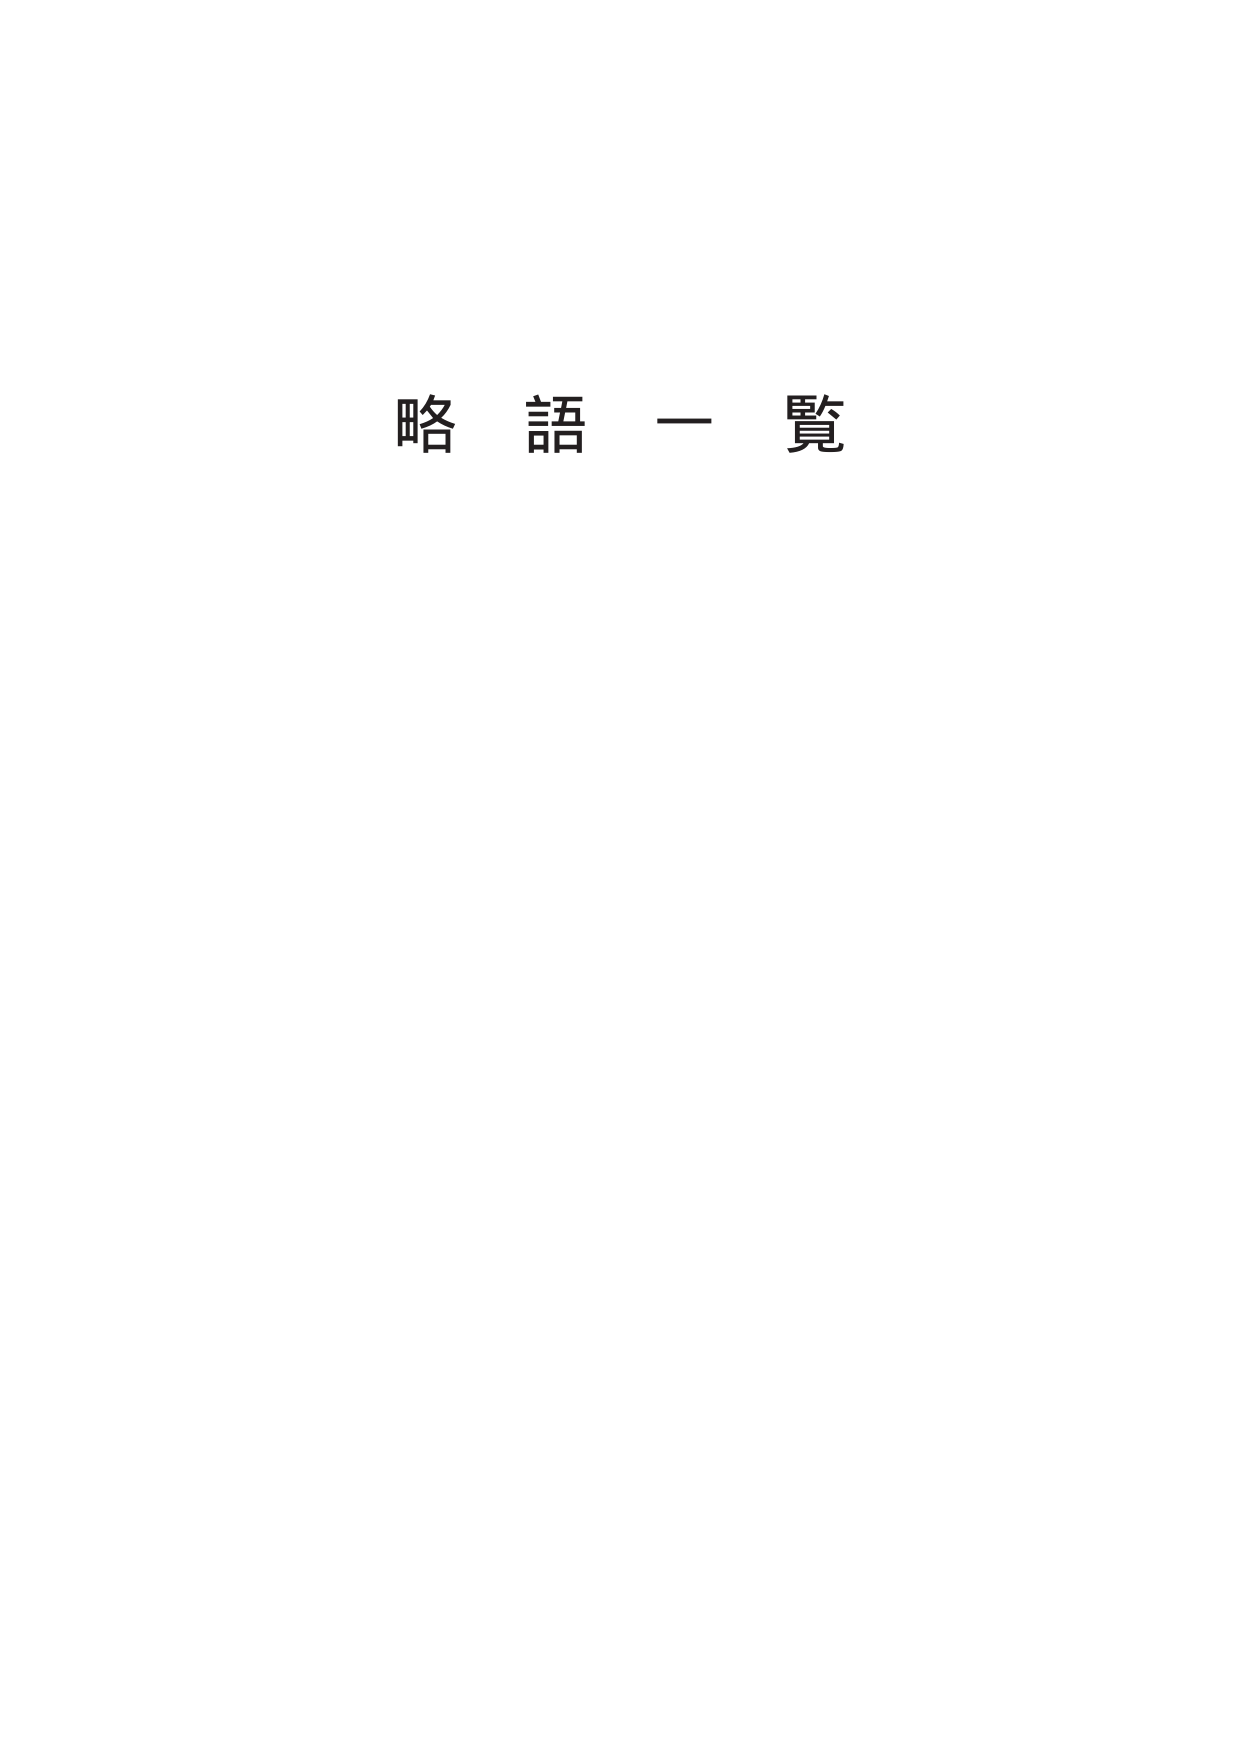
略語一覧